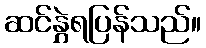
ဆင်နွှဲရပြန်သည်။